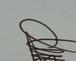
Signature authenticity: genuine